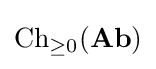
{\text{Ch}}_{\geq 0}({\textbf {Ab}})